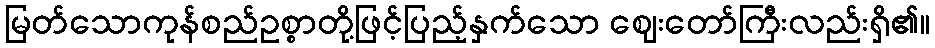
မြတ်သောကုန်စည်ဥစ္စာတို့ဖြင့်ပြည့်နှက်သော ဈေးတော်ကြီးလည်းရှိ၏။